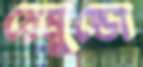
রেমুন্ডো